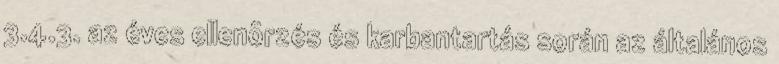
3.4.3. az éves ellenõrzés és karbantartás során az általános